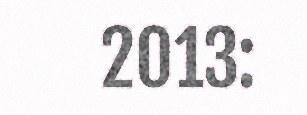
2013: